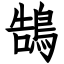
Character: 鵠